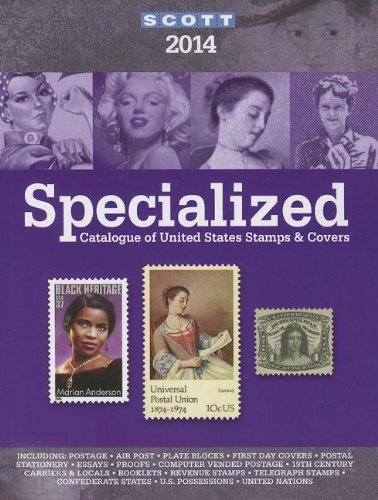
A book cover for Scott Specialized Catalogue of United States Stamps & Covers 2014; Charles Snee; Crafts, Hobbies & Home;